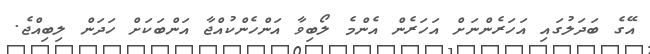
އޭގެ ބަދަލުގައި އަހަރެންނަށް އަހަރެން އެންމެ ލޯބިވާ އަންހެންކުއްޖާ އަންބަކަށް ހަދަން ލިބިއްޖެ.